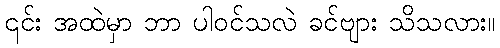
၎င်း အထဲမှာ ဘာ ပါဝင်သလဲ ခင်ဗျား သိသလား။